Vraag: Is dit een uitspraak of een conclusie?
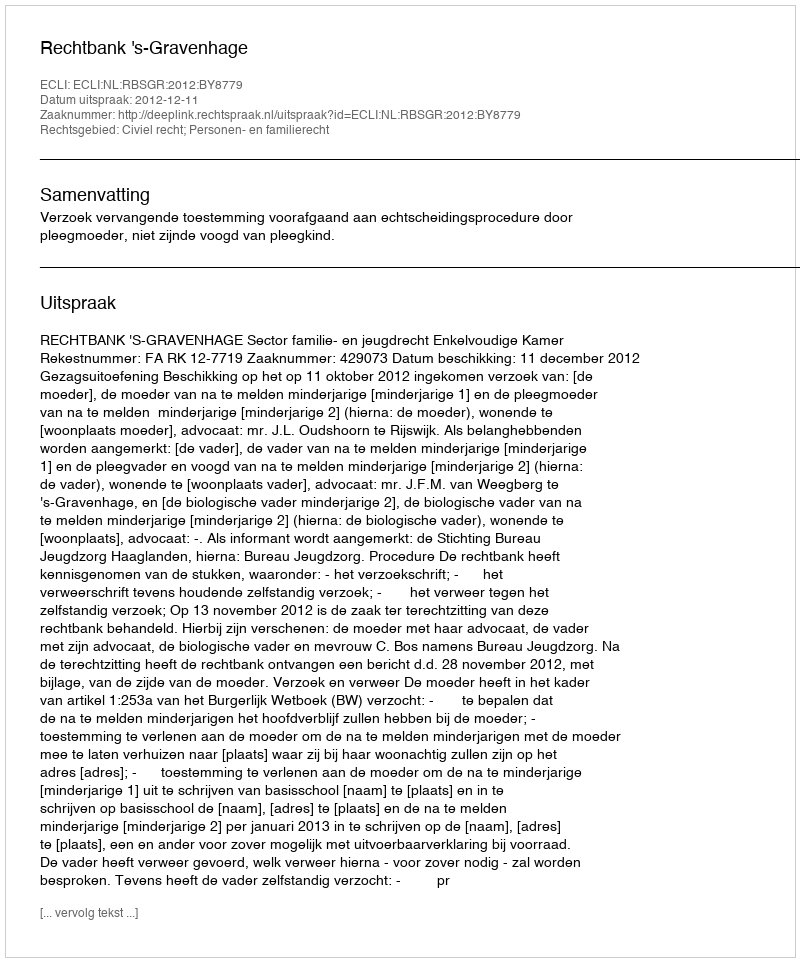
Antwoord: Uitspraak